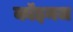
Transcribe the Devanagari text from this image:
कॉइनज